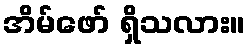
အိမ်ဖော် ရှိသလား။